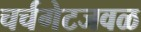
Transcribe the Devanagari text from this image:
चर्चगेटजवळ